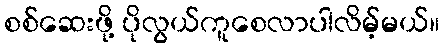
စစ်ဆေးဖို့ ပိုလွယ်ကူစေလာပါလိမ့်မယ်။